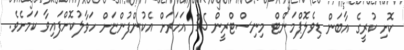
ކޮށި ކުރީގެ އާބަން ޑިވެލޮޕްމަންޓް މިނިސްޓްރީން 35 އަހަރަށް އެކުންފުންޏަށް ހަވާލުކޮށްފައިވާ ކަމަށެވެ.